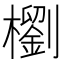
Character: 𣞗